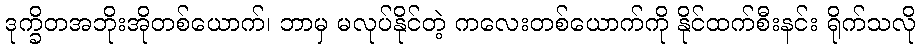
ဒုက္ခိတအဘိုးအိုတစ်ယောက်၊ ဘာမှ မလုပ်နိုင်တဲ့ ကလေးတစ်ယောက်ကို နိုင်ထက်စီးနင်း ရိုက်သလို